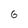
Character: 6